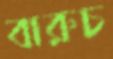
বারুচ